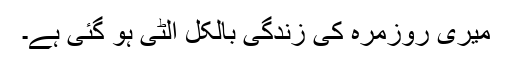
میری روزمرہ کی زندگی بالکل اُلٹی ہو گئی ہے۔